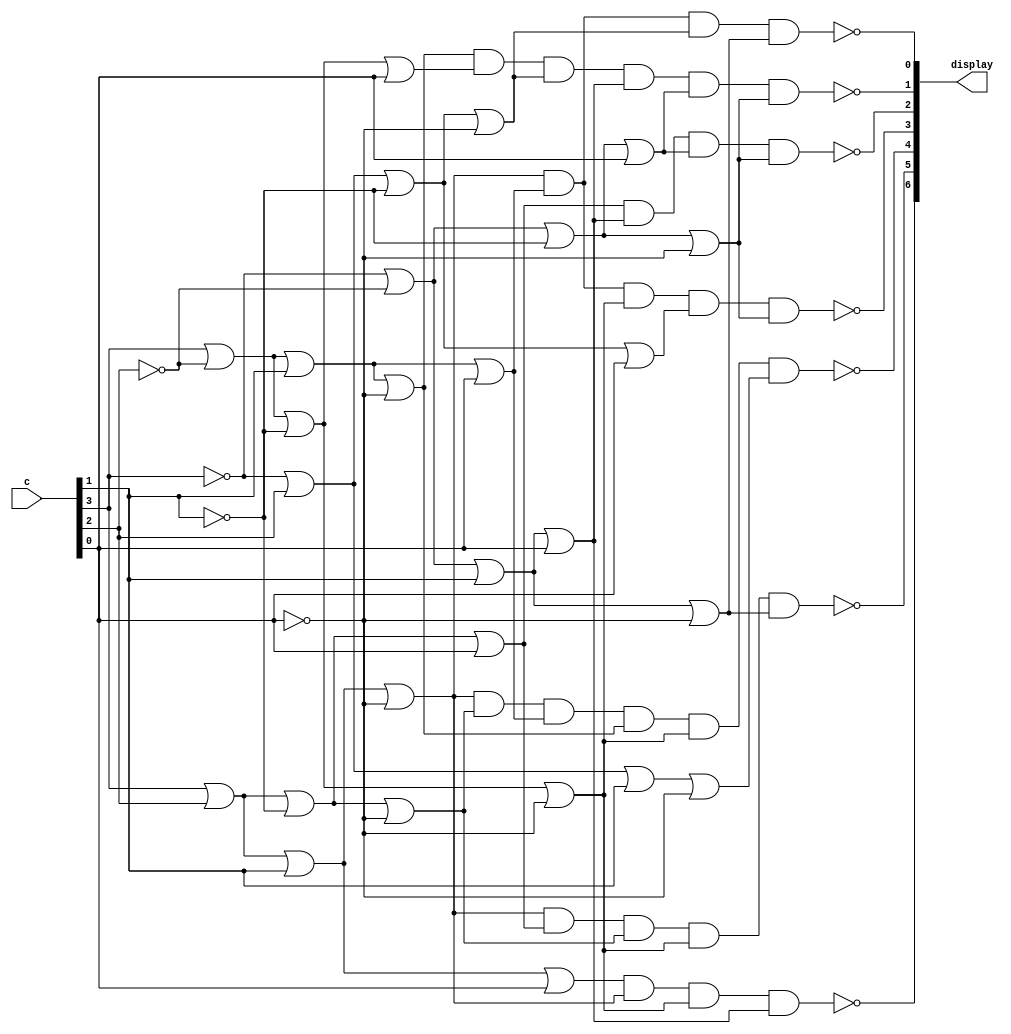
// HEX Decoder

module hex_decoder(c, display);
	input [3:0] c;
	output [6:0] display;

	assign display[0] = !((c[3] | c[2] | c[1] | !c[0]) & (c[3] | !c[2] | c[1] | c[0]) & (!c[3] | c[2] | !c[1] | !c[0]) & (!c[3] | !c[2] | c[1] | !c[0]));
	
	assign display[1] = !((c[3] | !c[2] | c[1] | !c[0]) & (c[3] | !c[2] | !c[1] | c[0]) & (!c[3] | c[2] | !c[1] | !c[0]) & (!c[3] | !c[2] | c[1] | c[0]) & (!c[3] | !c[2] | !c[1] | c[0]) & (!c[3] | !c[2] | !c[1] | !c[0]));
	
	assign display[2] = !((c[3] | c[2] | !c[1] | c[0]) & (!c[3] | !c[2] | c[1] | c[0]) & (!c[3] | !c[2] | !c[1] | c[0]) & (!c[3] | !c[2] | !c[1] | !c[0]));
	
	assign display[3] = !((c[3] | c[2] | c[1] | !c[0]) & (c[3] | !c[2] | c[1] | c[0]) & (c[3] | !c[2] | !c[1] | !c[0]) & (!c[3] | c[2] | !c[1] | c[0]) & (!c[3] | !c[2] | !c[1] | !c[0]));
	
	assign display[4] = !((c[3] | c[2] | c[1] | !c[0]) & (c[3] | c[2] | !c[1] | !c[0]) & (c[3] | !c[2] | c[1] | c[0]) & (c[3] | !c[2] | c[1] | !c[0]) & (c[3] | !c[2] | !c[1] | !c[0]) & (!c[3] | c[2] | c[1] | !c[0]));
	
	assign display[5] = !((c[3] | c[2] | c[1] | !c[0]) & (c[3] | c[2] | !c[1] | c[0]) & (c[3] | c[2] | !c[1] | !c[0]) & (c[3] | !c[2] | !c[1] | !c[0]) & (!c[3] | !c[2] | c[1] | !c[0]));
	
	assign display[6] = !((c[3] | c[2] | c[1] | c[0]) & (c[3] | c[2] | c[1] | !c[0]) & (c[3] | !c[2] | !c[1] | !c[0]) & (!c[3] | !c[2] | c[1] | c[0]));
endmodule